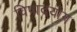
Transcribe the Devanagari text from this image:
विषादयोग